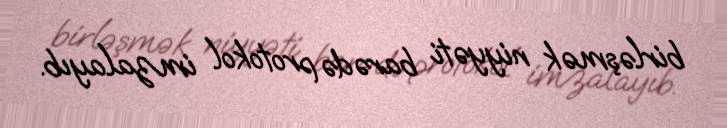
birləşmək niyyəti barədə protokol imzalayıb.